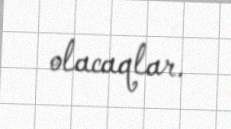
olacaqlar.